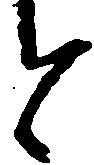
今